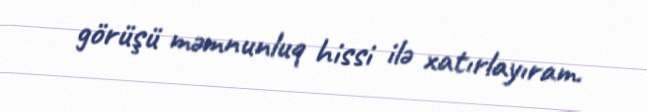
görüşü məmnunluq hissi ilə xatırlayıram.